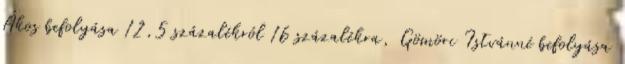
Ákos befolyása 12,5 százalékról 16 százalékra, Gömöri Istvánné befolyása